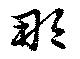
那